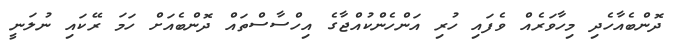
ދޮންބެއާހެދި މިހާވަރެއް ވެފައި ހުރި އަންހެންކުއްޖާގެ އިހްސާސްތައް ދޮންބެއަށް ހަމަ ރޭކައި ނުލަނީ